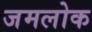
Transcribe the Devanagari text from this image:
जमलोक